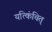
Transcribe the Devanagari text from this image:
यत्किंचित्‌